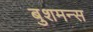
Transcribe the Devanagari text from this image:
बुशमन्स